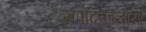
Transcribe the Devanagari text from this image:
संपादकाचार्यों